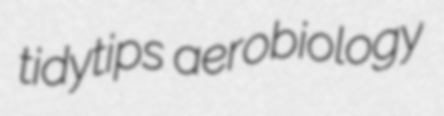
tidytips aerobiology